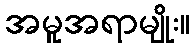
အမူအရာမျိုး။